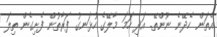
އެތަން ހެދޭނެ ނޫންތޭ. އަދި ހަމަ މާލޭގެ ހުޅަނގު ފަރާތުން ފެށިގެން ތިލަ